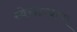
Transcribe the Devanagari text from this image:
स्वेच्छाचरण